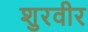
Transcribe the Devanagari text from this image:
शुरवीर